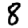
Digit: 8